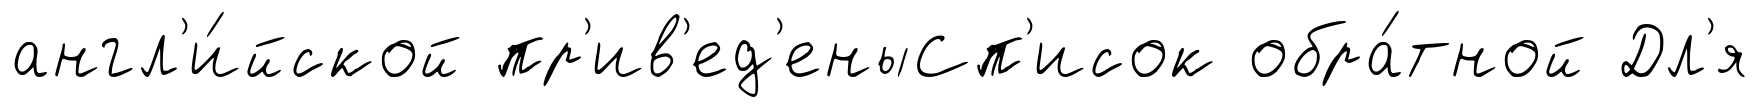
англ'и́йской пр'ив'ед'еныСп'исок обра́тной Дл'я